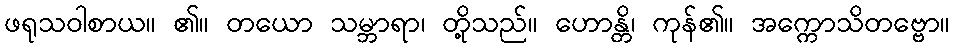
ဖရုသဝါစာယ။ ၏။ တယော သမ္ဘာရာ၊ တို့သည်။ ဟောန္တိ၊ ကုန်၏။ အက္ကောသိတဗ္ဗော။